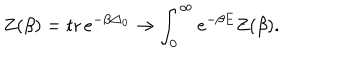
Z ( \beta ) = \mathrm { t r } \, e ^ { - \beta \triangle _ { 0 } } \rightarrow \int _ { 0 } ^ { \infty } e ^ { - \beta E } Z ( \beta ) .